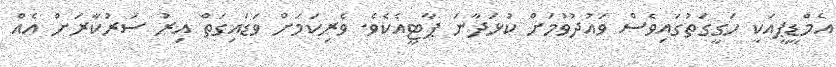
އެމްޑީޕީއަކީ ހަގީގަތުގައިވެސް ވައުދުވުމަށް ކުޅަދާނަ ޕާޓީއެކެވެ. ވެރިކަމަށް ވަޑައިގަތް އިރު ސަރުކާރަށް އެއް